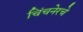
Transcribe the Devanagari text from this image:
चिंचनेरचे